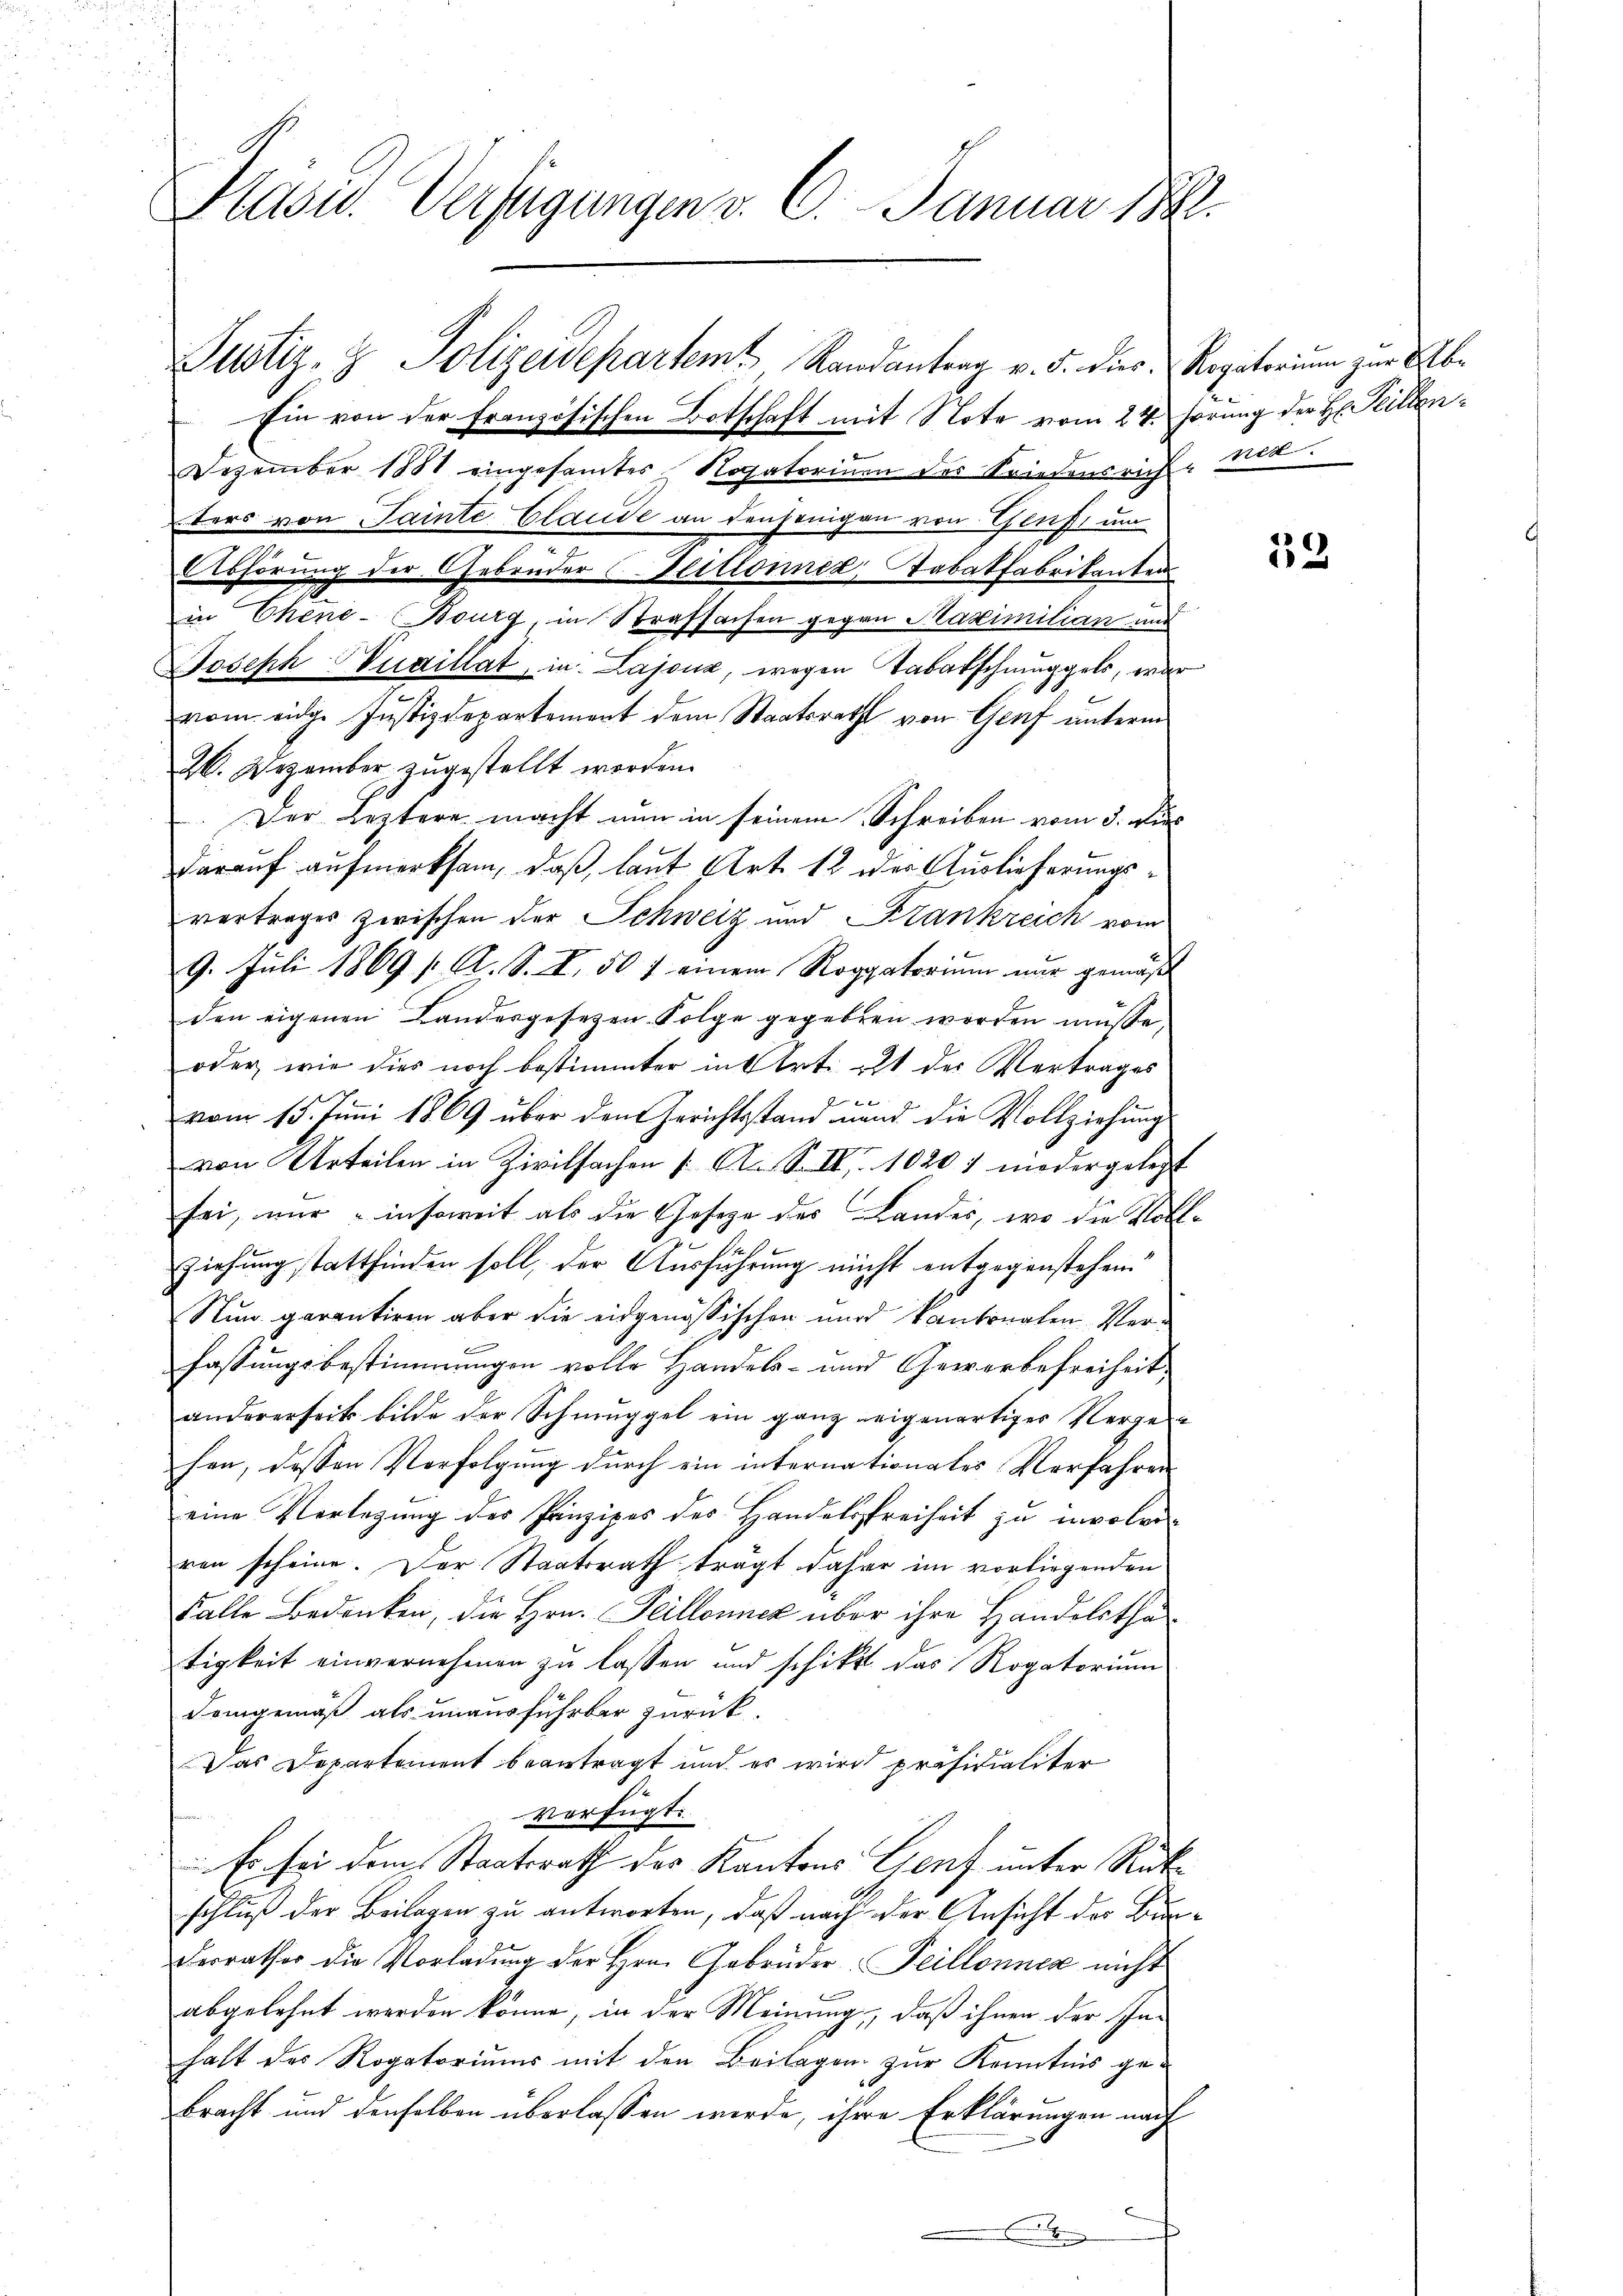
Pläser. Verfügungen v. 6. Januar 1891.

Justiz- & Polizeidepartem Randantrag v. 5. dies Rogatorium zur Ab¬
Ein von der Französischen Botschaft mit Note vom 24. herung der Hr. Peillen¬
Dezember 1881 eingesamtes Rogatorinen des Friedensrich - Ried.
ters von Sainte Claude an denjenigen von Gruss um
Abhörung der Gebrüder Zeitlonner, Tabatfabrikanten
in Chene-Bourg, in Strafsachen gegen Maximilian und
Joseph Vuaillat, in: Lajoux, wegen Tabakschmuggels, war
vom eidg. Justizdepartement dem Staatsrath von Genf unterm
26. Dezember zugestellt worden.
Der Leztere macht nun in seinem Schreiben vom 3. Dies
darauf aufmerksam, daß, laut Art. 12 oder Auslieferungsvertrages zwischen der Schweiz und Krankreich vom
9. Juli 1869 / A. S. I. 507 einem Roggatorium nur gemäß
den eigenen Landesgesezen Folge gegeben worden müsse.
oder wie dies noch bestimmter in Art. et der Vertrages
vom 15. Juni 1869 über den Gerichtsstand unnd die Vollziehung
von Urteilen in Zivilsachen A. S. II. 1020 7 niedergelegt
sei, nur insoweit als die Gesetze des Landes, wo die Voll¬
Ziehung stattfinden soll, der Ausführung nicht entgegenstehen.
Nun garantiren aber die eidgenössischen wird kantonalen Verfassungsbestimmungen volle Handels- und Gewerbefreiheit
andererseit bilde der Schmuggel ein ganz zeigenartiger Vergen
fen, dessen Verfolgung durch ein internationales Verfahren
eine Verlegung des Prinzipes des Handelsfreiheit zu involviren scheine. Der Staatsrath trägt daher im vorliegenden
Falle Bedenken, die Hrn. Teillonnck über ihre Handelstha
tigkeit einvernehmen zu lassen und schikt das Rogatorium
Demgemäß als unausführbar zurück.
Das Departement beantragt und es wird präsidialiter
verfügt:
Es sei dem Staatsrath des Kantons Genf unter Rückschluß der Beilagen zu antworten, daß nach der Ansicht der Bun¬
Derrather die Vorladung der Hrn. Gebrüder Teillonnen nicht
abgelehnt werden könne, in der Meinung, daß ihnen der Inhalt des Rogatoriums mit den Beilagen zur Kenntnis gebracht und denselben überlassen werde, ihre Erklärungen nach

33